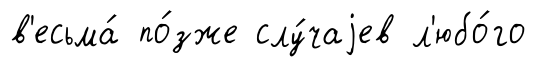
в'есьма́ по́зже слу́чаjев л'юбо́го